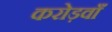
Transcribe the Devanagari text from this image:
करोड़वाँ